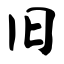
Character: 旧